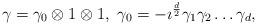
LaTeX: \begin{align*}\gamma = \gamma_0 \otimes 1 \otimes 1, \ \gamma_0 = -\imath^{\frac{d}{2}} \gamma_1 \gamma_2 \ldots \gamma_d,\end{align*}